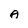
Character: A